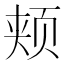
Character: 颊